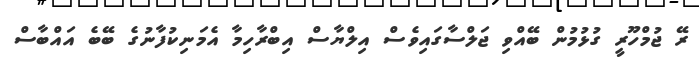
ރޭ ޖުމްހޫރީ ގުޅުމުން ބޭއްވި ޖަލްސާގައިވެސް އިލްޔާސް އިބްރާހިމާ އެމަނިކުފާނުގެ ބޭބެ އައްބާސް